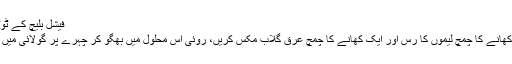
فیشل بلیچ کے ٹوٹکے
ایک کھانے کا چمچ لیموں کا رس اور ایک کھانے کا چمچ عرقِ گلاب مکس کریں، روئی اس محلول میں بھگو کر چہرے پر گولائی میں ملیں۔